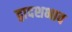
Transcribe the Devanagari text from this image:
द्वादशभाव